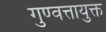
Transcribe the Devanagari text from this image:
गुण्वत्तायुक्त